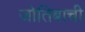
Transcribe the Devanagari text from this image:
जोतिबाची